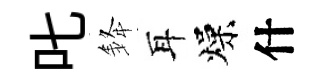
叱𨦟耳燥什